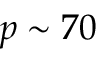
p \sim 7 0